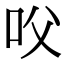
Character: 㕮